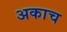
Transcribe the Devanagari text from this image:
अकाच